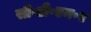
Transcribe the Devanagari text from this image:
सी॰डी॰एम॰ए